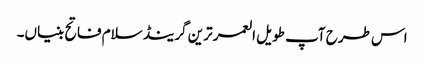
اس طرح آپ طویل العمر ترین گرینڈ سلام فاتح بنیاں۔